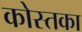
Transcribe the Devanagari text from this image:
कोस्तका